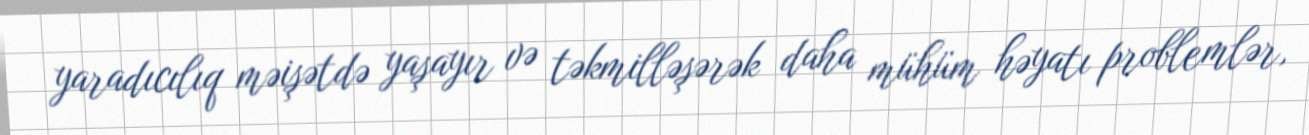
yaradıcılıq məişətdə yaşayır və təkmilləşərək daha mühüm həyatı problemlər,